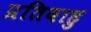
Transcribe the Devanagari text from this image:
प्रतिबाहु